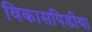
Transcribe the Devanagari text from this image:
विकासपिडीया